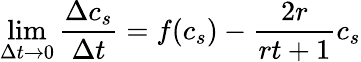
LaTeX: \operatorname*{lim}_{\Delta t\rightarrow 0}\frac{\Delta c_{s}}{\Delta t}=f(c_{s})-\frac{2r}{rt+1}c_{s}